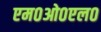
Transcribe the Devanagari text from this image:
एम०ओ०एल०